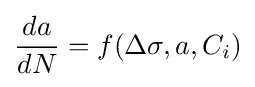
{da \over dN}=f(\Delta \sigma ,a,C_{i})